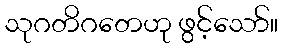
သုဂတိဂတေဟု ဖွင့်သော်။